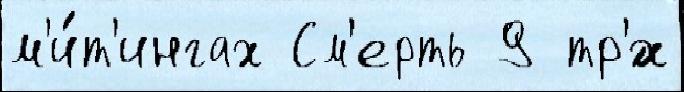
м'и́т'ингах См'ерть 9 тр'́х